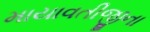
માયાવતીજીના